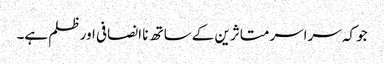
جو کہ سراسر متاثرین کے ساتھ نا انصافی اور ظلم ہے۔